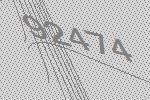
92474